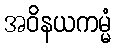
အဝိနယကမ္မံ